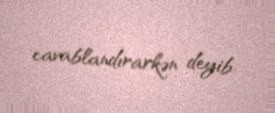
cavablandırarkən deyib.